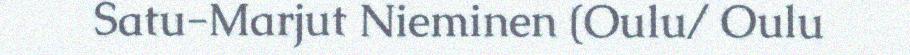
Satu-Marjut Nieminen (Oulu/ Oulu